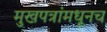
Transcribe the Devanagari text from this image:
मुखपत्रांमधूनच